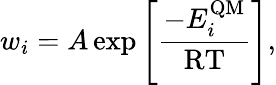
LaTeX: w_{i}=A\exp\left[\frac{-E_{i}^{\mathrm{QM}}}{\mathrm{RT}}\right],